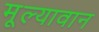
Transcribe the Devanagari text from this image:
मूल्‍यावान